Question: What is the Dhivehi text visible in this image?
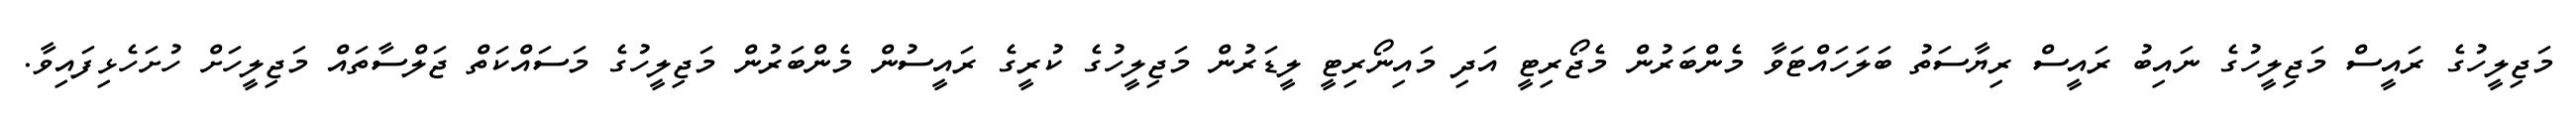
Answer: މަޖިލީހުގެ ރައީސް މަޖިލީހުގެ ނައިބު ރައީސް ރިޔާސަތު ބަލަހައްޓަވާ މެންބަރުން މެޖޯރިޓީ އަދި މައިނޯރިޓީ ލީޑަރުން މަޖިލީހުގެ ކުރީގެ ރައީސުން މެންބަރުން މަޖިލީހުގެ މަސައްކަތް ޖަލްސާތައް މަޖިލީހަށް ހުށަހެޅިފައިވާ.